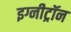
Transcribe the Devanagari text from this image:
इग्नीट्रॉन